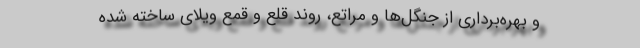
و بهره‌برداری از جنگل‌ها و مراتع، روند قلع و قمع ویلای ساخته شده